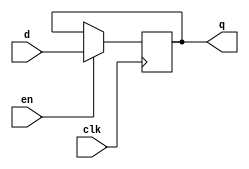
module reg4 (
   input             clk,
   input             en,
   input       [3:0] d,
   output reg  [3:0] q
   );
   
   always @(posedge clk)
      if (en)
         q <= d;
         
endmodule